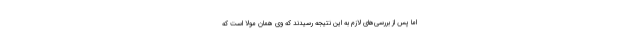
اما پس از بررسی‌های لازم به این نتیجه رسیدند که وی همان مولا است که